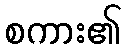
စကား၏